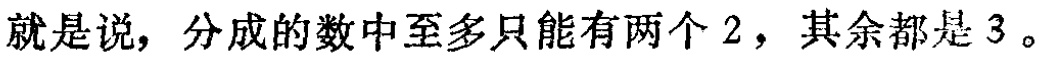
就是说，分成的数中至多只能有两个 \(2\)，其余都是 \(3\)。